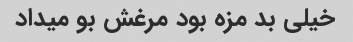
خیلی بد مزه بود مرغش بو میداد